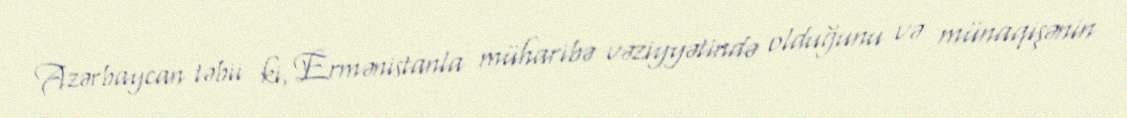
Azərbaycan təbii ki, Ermənistanla müharibə vəziyyətində olduğunu və münaqişənin